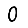
Digit: 0